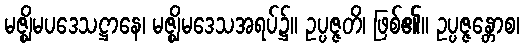
မဇ္ဈိမပဒေသဋ္ဌာနေ၊ မဇ္ဈိမဒေသအရပ်၌။ ဥပ္ပဇ္ဇတိ၊ ဖြစ်၏။ ဥပ္ပဇ္ဇန္တောစ၊